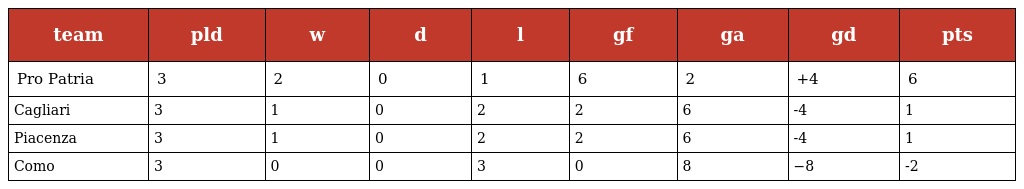
| team | pld | w | d | l | gf | ga | gd | pts |
 | --- | --- | --- | --- | --- | --- | --- | --- | --- |
 | Pro Patria | 3 | 2 | 0 | 1 | 6 | 2 | +4 | 6 |
 | Cagliari | 3 | 1 | 0 | 2 | 2 | 6 | -4 | 1 |
 | Piacenza | 3 | 1 | 0 | 2 | 2 | 6 | -4 | 1 |
 | Como | 3 | 0 | 0 | 3 | 0 | 8 | −8 | -2 |